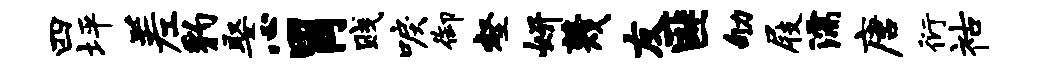
四坪差豹娶心胃贱唳御壑妍蔑友匪劬屐濡唐衍祜